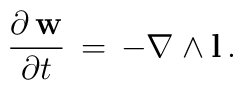
\frac{\partial\, {\bf w}}{\partial t}\, =\, - \nabla \wedge {\bf l}\, .